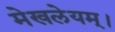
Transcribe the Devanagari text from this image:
मेखलेयम्।